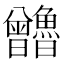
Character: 𰗃